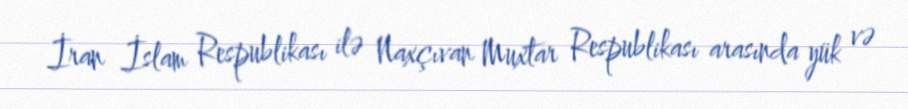
İran İslam Respublikası ilə Naxçıvan Muxtar Respublikası arasında yük və